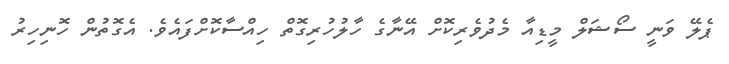
ޕެލޭ ވަނީ ސޯޝަލް މީޑިއާ މެދުވެރިކޮށް އޭނާގެ ހާލުހުރިގޮތް ހިއްސާކޮށްފައެވެ. އެގޮތުން ހޮނިހިރު